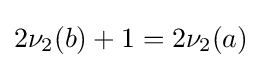
2\nu _{2}(b)+1=2\nu _{2}(a)